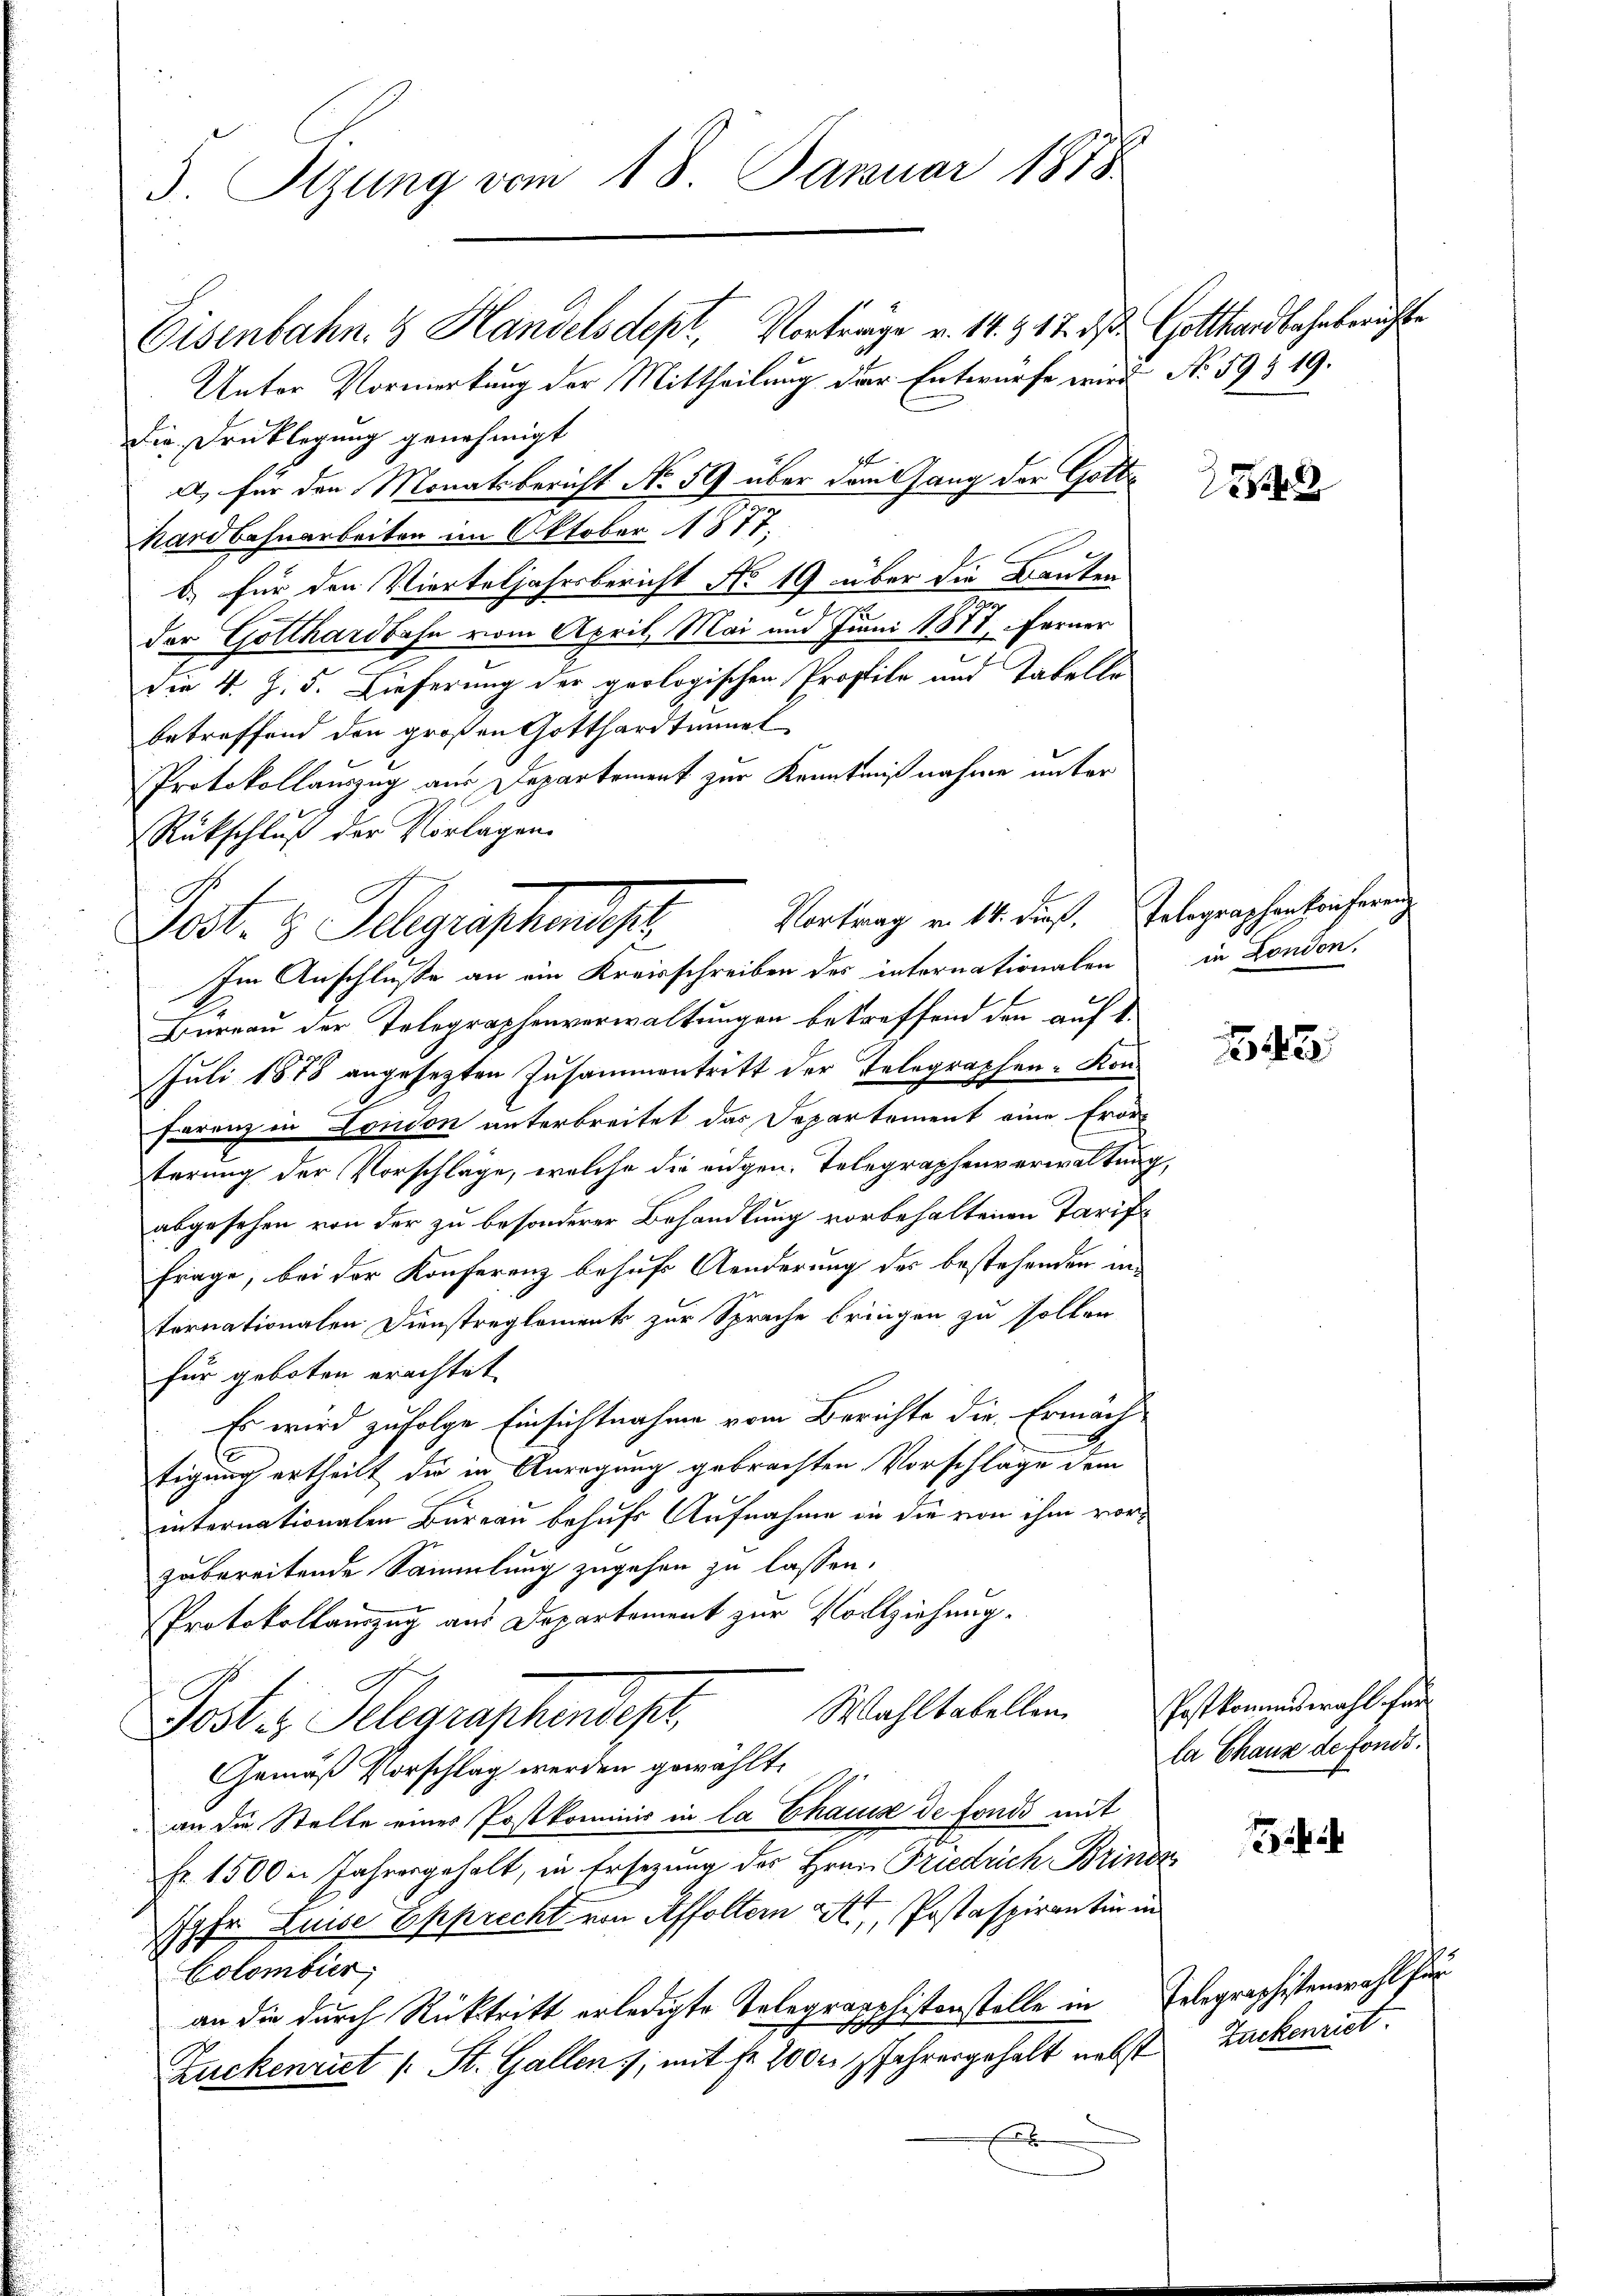
S. Sizung vom 18. Januar 1858

Eisenbahn- & Handelsdept, Vorträge v. 14. 417. ds. Gotthardbahnberichte
Unter Vormerkung der Mittheilung der Entwurfe wird No 59 & 19.
Die Drucklegung genehmigt
E
a) für den Monatsbericht No 59 über dem Gang der Gotter
hardbahnarbeiten im Oktober 1877,
b.) für den Vierteljahrsbericht No 49 über die Bauten
der Gotthardbahn vom April, Mai und Juni 1877, ferner
Die 4. Z. d. Lieferung der geologischen Profile und Tabelle
betreffend den großen Gotthardtmmnet
Protokollauszug aus Departement zur Kenntnißnahme unter
Rückschluß der Vorlagen.
Im Anschluße an ein Kreisschreiben des internationalen in London.
Bureau der Telegraphenverwaltungen betreffend den auf 1.
Juli 1878 angesezten Zusammentritt der Telegraphen-Kon¬
Forenz in London unterbreitet das Departement eine Erörterung der Vorschläge, welche die eidgen. Telegraphenverwaltung,
abgesehen von der zu besonderer Behandlung vorbehaltenen Tariffrage, bei der Konferenz behufs Aenderung des bestehenden intornationalen Dienstregloment zur Sprache bringen zu sollen
für geboten erachtet
Es wird zufolge Einsichtnahme vom Berichte die Ermächtigung ertheilt die in Anregung gebrachten Vorschläge dem
internationalen Bureau behufs Aufnahme in die von ihm vorzubereitende Sammlung zugehen zu lassen.
Protokollauszug aus Departement zur Vollziehung.
Wahltabellen
Post u. Pelerischendesch
Gemäß Vorschlag werden gewählt.
an die Stelle einer Postkominis in la Chausse de fonds mit
Fr. 1500. Jahresgehalt, in Ersezung des Hrn. Friedrich Briner
fr Luise Epprecht von Affoltern St. Postaspirantin in
Colombier
an die durch Rücktritt erledigte Telegrapphistenstelle in Telegraphistenwohl für
Zuckenriet (: St. Gallen; mit Fr. 200 r. Jahresgehalt nebst Zuckenriet.
E

Vortrag v. 14. dieß. Telegraphenkonferenz
Lest. 3. Klagraphendep

1

42

Postkommiswahl für
la Chaus de fonds.

136